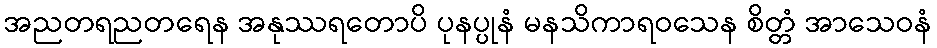
အညတရညတရေန အနုဿရတောပိ ပုနပ္ပုနံ မနသိကာရဝသေန စိတ္တံ အာသေဝနံ